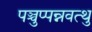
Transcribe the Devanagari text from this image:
पञ्चुप्पन्नवत्थु